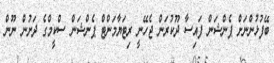
ބޭފުޅުންނަށް ޕެންޝަން ފައިސާ ދޫކުރަން ޖެހޭނީ ރިޓަޔާމަންޓް ޕެންޝަން ސްކީމްގެ ދަށުން ނޫން